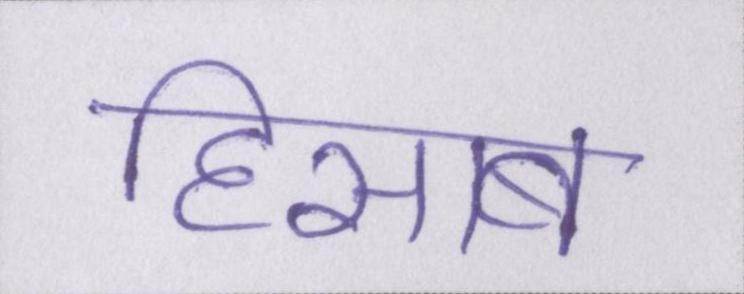
हिसाब